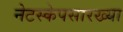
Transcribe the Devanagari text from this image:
नेटस्केपसारख्या